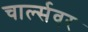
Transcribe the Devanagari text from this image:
चार्ल्सवर